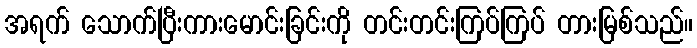
အရက် သောက်ပြီးကားမောင်းခြင်းကို တင်းတင်းကြပ်ကြပ် တားမြစ်သည်။